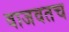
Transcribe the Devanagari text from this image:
वाजवतच